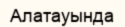
Алатауында